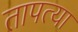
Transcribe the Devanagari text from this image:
तापत्या